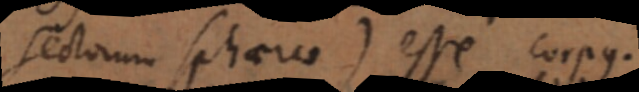
sectorum sphaerae), esse corpus.